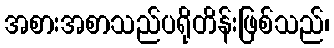
အစားအစာသည်ပရိုတိန်းဖြစ်သည်၊